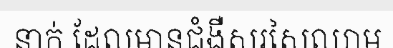
នាក់ ដែលមានជំងឺសរសៃឈាម